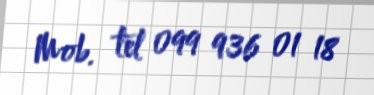
Mob. tel 099 936 01 18